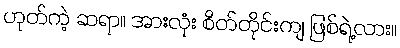
ဟုတ်ကဲ့ ဆရာ။ အားလုံး စိတ်တိုင်းကျ ဖြစ်ရဲ့လား။